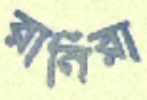
রানিরা